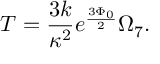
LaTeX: T = \frac { 3 k } { \kappa ^ { 2 } } e ^ { \frac { 3 \Phi _ { 0 } } { 2 } } \Omega _ { 7 } .